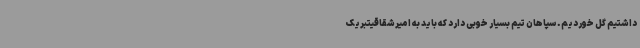
داشتیم گل خوردیم. سپاهان تیم بسیار خوبی دارد که باید به امیرشقاقیتبریک